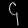
Digit: ၄